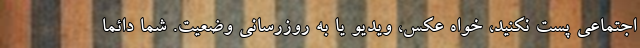
اجتماعی پست نکنید، خواه عکس، ویدیو یا به ‌روزرسانی وضعیت. شما دائما